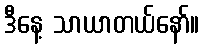
ဒီနေ့ သာယာတယ်နော်။